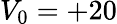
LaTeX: V_{0}=+20